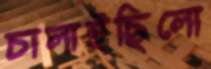
চালাইছিলো